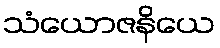
သံယောဇနိယေ